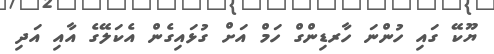
ޔޫކޭ ގައި ހުންނަ ހާރޑިންގް ހަމް އަށް ގުޅައިގެން އެކަލޭގެ އާއި އަދި